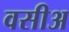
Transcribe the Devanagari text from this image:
वसीअ